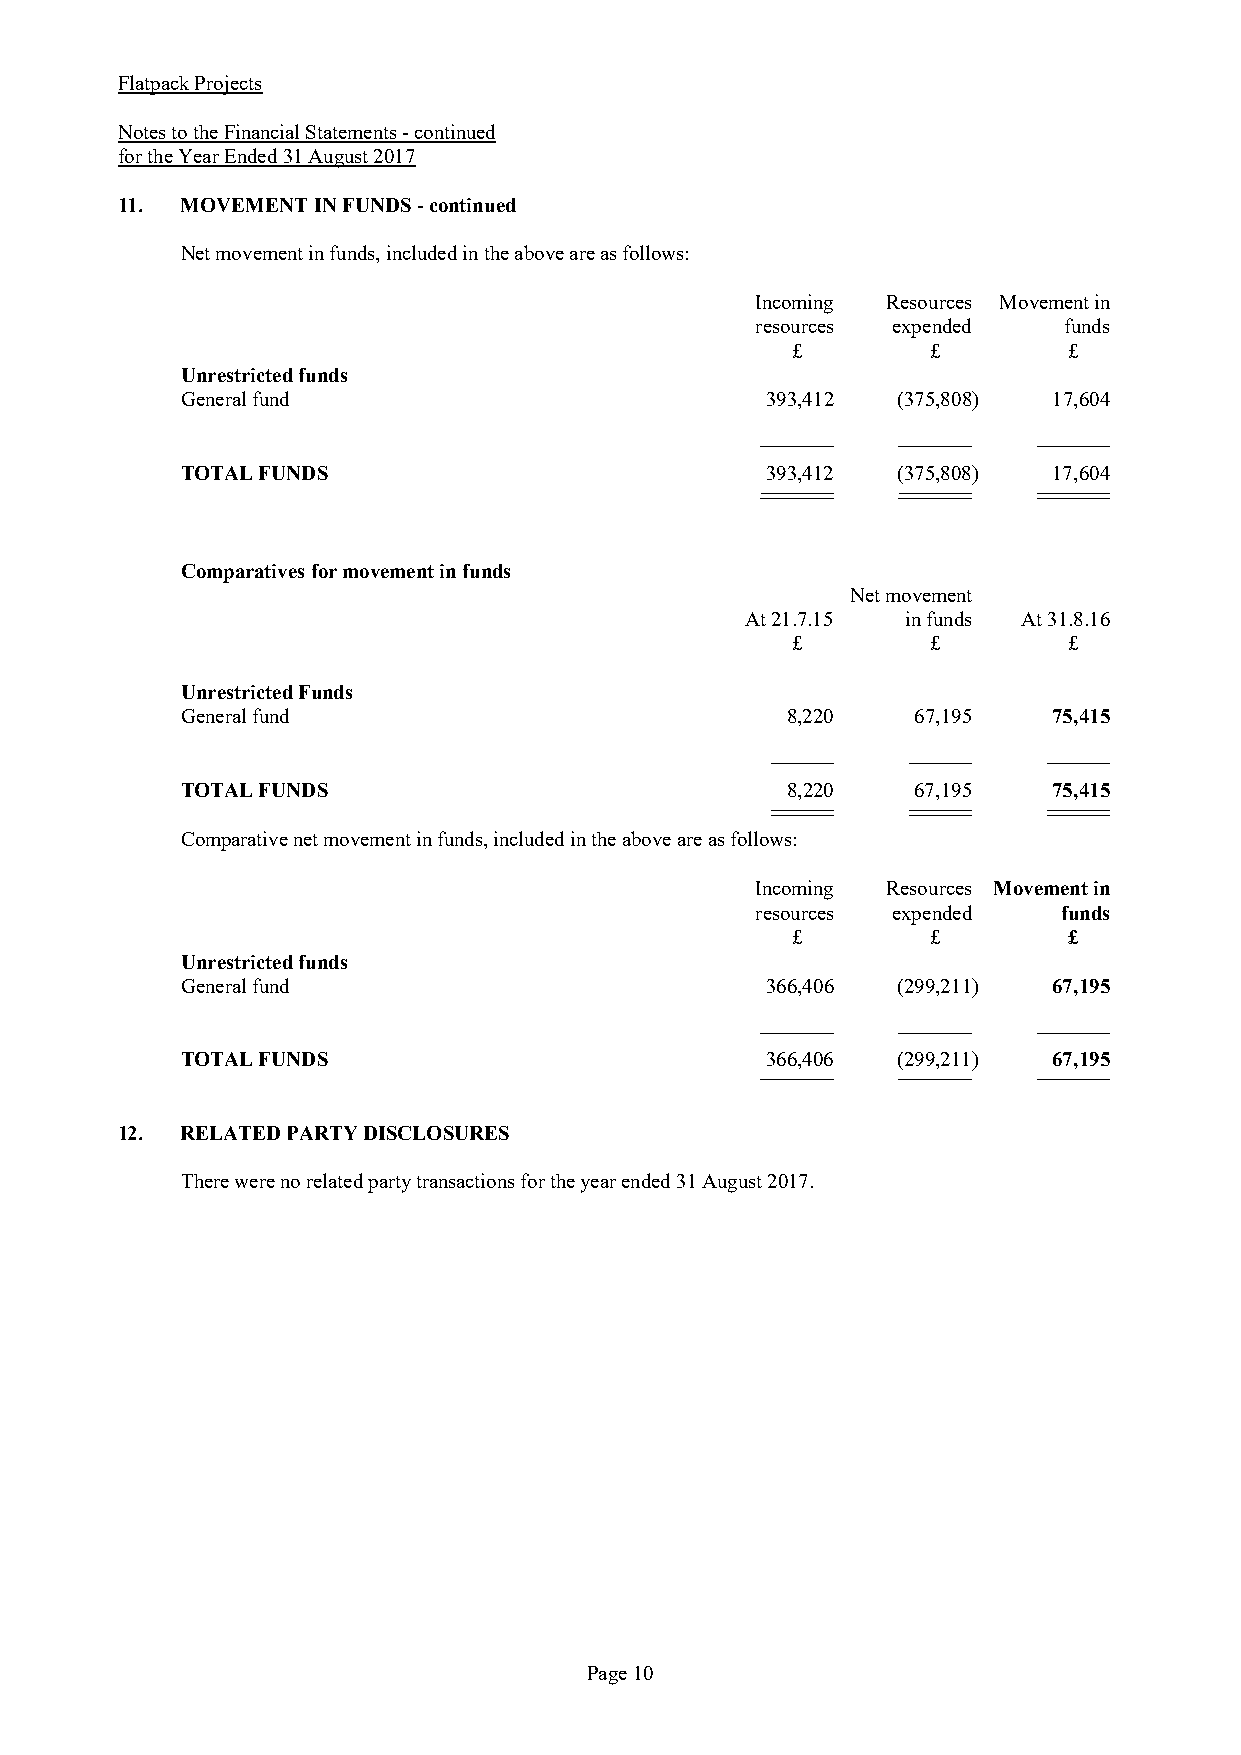
Flatpack Projects
 Notes to the Financial Statements - continued
 for the Year Ended 31 August 2017
 11. MOVEMENT IN FUNDS - continued
 Net movement in funds, included in the above are as follows:
 Incoming Resources Movement in
 resources expended  funds
 £         £        £
 Unrestricted funds
 General fund                           393,412 (375,808)  17,604
 TOTAL FUNDS                            393,412 (375,808)  17,604
 Comparatives for movement in funds
 Net movement
 At 21.7.15 in funds At 31.8.16
 £         £        £
 Unrestricted Funds
 General fund                            8,220    67,195   75,415
 TOTAL FUNDS                             8,220   67,195    75,415
 Comparative net movement in funds, included in the above are as follows:
 Incoming Resources Movement in
 resources expended  funds
 £         £        £
 Unrestricted funds
 General fund                           366,406 (299,211)  67,195
 TOTAL FUNDS                            366,406 (299,211)  67,195
 12. RELATED PARTY DISCLOSURES
 There were no related party transactions for the year ended 31 August 2017.
 Page 10